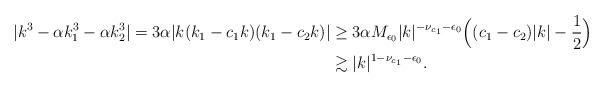
LaTeX: \begin{align*}|k^3 -\alpha k_1^3 - \alpha k_2^3 | = 3\alpha |k(k_1-c_1k)(k_1-c_2k)| &\geq 3\alpha M_{\epsilon_0} |k|^{-\nu_{c_1}-\epsilon_0}\Big((c_1-c_2)|k| - \frac12\Big) \\&\gtrsim |k|^{1-\nu_{c_1} - \epsilon_0}.\end{align*}